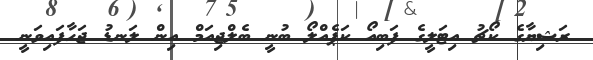
ރަޝިޔާގެ ކޯޗު އިޓަލީގެ ފަބިއޯ ކަޕެއްލޯ ބުނީ ބެލްޖިއަމް އިން ލަނޑު ޖަހާފައިވަނީ